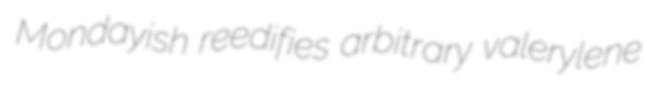
Mondayish reedifies arbitrary valerylene